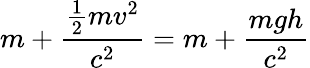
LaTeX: m+{\frac{{\frac{1}{2}}mv^{2}}{c^{2}}}=m+{\frac{mgh}{c^{2}}}